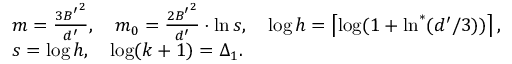
\begin{array} { r l } & { m = \frac { 3 { B ^ { \prime } } ^ { 2 } } { d ^ { \prime } } , \quad m _ { 0 } = \frac { 2 { B ^ { \prime } } ^ { 2 } } { d ^ { \prime } } \cdot \ln s , \quad \log h = \left\lceil \log ( 1 + \ln ^ { \ast } ( d ^ { \prime } / 3 ) ) \right\rceil , } \\ & { s = \log h , \quad \log ( k + 1 ) = \Delta _ { 1 } . } \end{array}